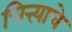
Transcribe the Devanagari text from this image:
चित्त्याचे